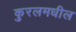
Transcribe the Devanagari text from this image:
कुरलमधील